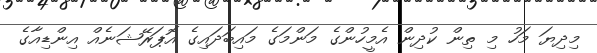
މިދިޔަ މަހު މި ތިން ކުދިން އެމީހުންގެ މަންމަގެ މައިބަދައިގެ އޮޕަރޭޝަނެއް އިންޑިއާގެ